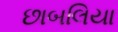
છાબલિયા